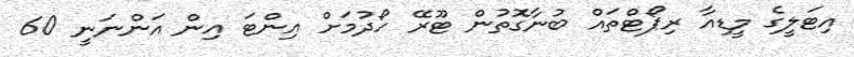
އިޓަލީގެ މީޑިއާ ރިޕޯޓްތައް ބުނާގޮތުން ޓޫރޭ ހޯދުމަށް އިންޓަ އިން އަންނަނީ 60